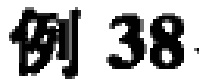
例 38